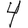
Digit: 4